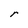
Character: r